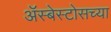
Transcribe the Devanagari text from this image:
ॲस्बेस्टोसच्या